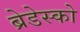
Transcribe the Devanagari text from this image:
ब्रेडेस्को